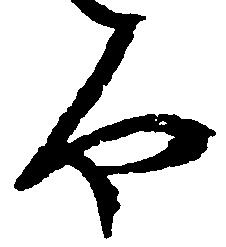
や